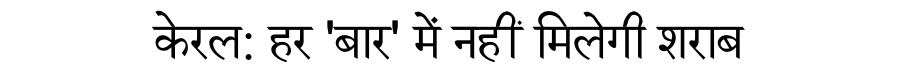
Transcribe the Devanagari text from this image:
केरल: हर 'बार' में नहीं मिलेगी शराब